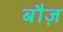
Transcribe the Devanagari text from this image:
बौज़